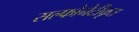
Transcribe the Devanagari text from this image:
सल्फोनेटीकृत